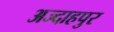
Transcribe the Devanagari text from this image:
अज्दाहपुर